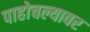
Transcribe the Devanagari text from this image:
पाहोचल्यावर